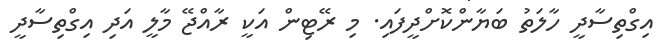
އިގްތިސާދީ ހާލަތު ބަޔާންކޮށްދީފައި. މި ރޭޓިން އަކީ ރާއްޖޭ މާލީ އަދި އިގްތިސާދީ